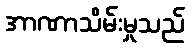
အာဏာသိမ်းမှုသည်